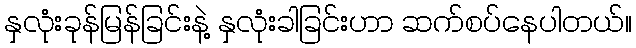
နှလုံးခုန်မြန်ခြင်းနဲ့ နှလုံးခါခြင်းဟာ ဆက်စပ်နေပါတယ်။